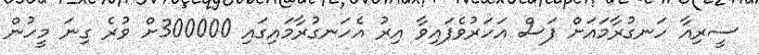
ސީރިއާ ހަނގުރާމައަށް ފަސް އަހަރުވެފައިވާ އިރު އެހަނގުރާމައިގައި 300000ށް ވުރެ ގިނަ މީހުން